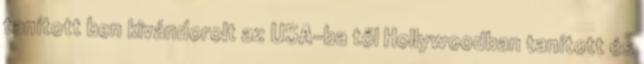
tanított ben kivándorolt az USA-ba től Hollywoodban tanított és